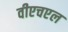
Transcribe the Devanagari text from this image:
वीएचएल